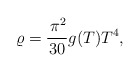
\begin{align*}\varrho=\frac{\,\pi^2}{30}g(T)T^4,\end{align*}